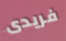
فريدى